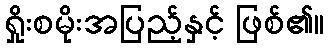
ရှိုးစမိုးအပြည့်နှင့် ဖြစ်၏။